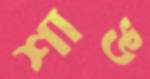
শাঙ